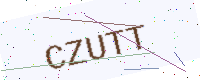
Text: CZUTT